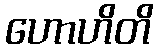
ဟောဟိတိ